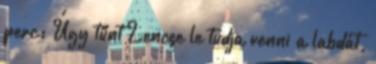
perc: Úgy tűnt Lencse le tudja venni a labdát,